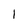
Character: 1